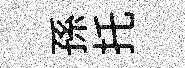
孫托